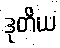
ဒုတိယ